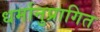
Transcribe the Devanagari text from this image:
धर्मानुप्रागित